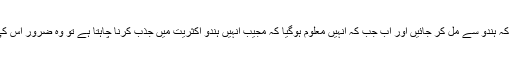
وہ ہرگز نہیں چاہتے کہ ہندو سے مل کر جائیں اور اب جب کہ انہیں معلوم ہوگیا کہ مجیب انہیں ہندو اکثریت میں جذب کرنا چاہتا ہے تو وہ ضرور اس کی مخالفت کریں گے۔